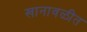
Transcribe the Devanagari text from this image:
खानावळीत